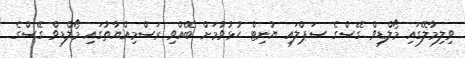
ވިލިމާލޭގައި މޯލްޑިވް ގޭސްގެ ސަޕްލައި ޔުނިޓް ހުޅުވުމަށް ބޭއްވި ރަސްމިއްޔާތުގައި މޯލްޑިވް ގޭސްގެ